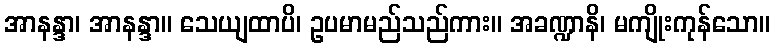
အာနန္ဒာ၊ အာနန္ဒာ။ သေယျထာပိ၊ ဥပမာမည်သည်ကား။ အခဏ္ဍာနိ၊ မကျိုးကုန်သော။